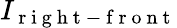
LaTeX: I_{\mathrm{~r~i~g~h~t~-~f~r~o~n~t~}}